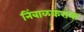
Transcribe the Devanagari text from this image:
निंबाळकरांना